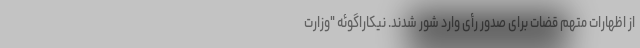
از اظهارات متهم قضات برای صدور رأی وارد شور شدند. نیکاراگوئه "وزارت